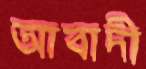
আবাদী